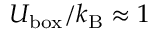
U _ { \mathrm { b o x } } / k _ { \mathrm { B } } \approx 1